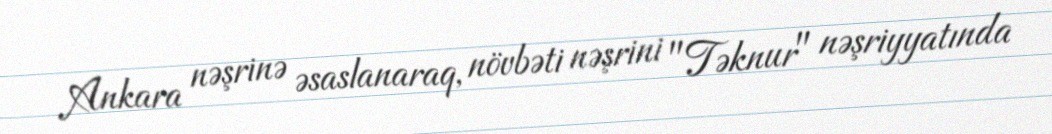
Ankara nəşrinə əsaslanaraq, növbəti nəşrini "Təknur" nəşriyyatında